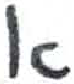
אות: א